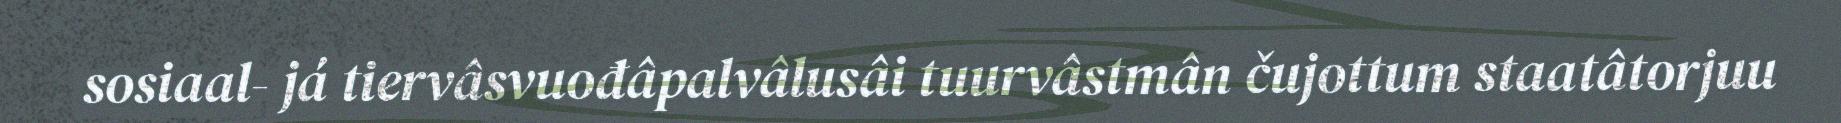
sosiaal- já tiervâsvuođâpalvâlusâi tuurvâstmân čujottum staatâtorjuu